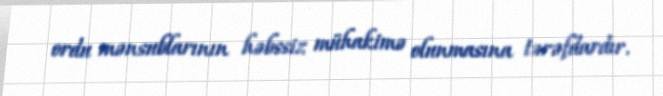
ordu mənsublarının həbssiz mühakimə olunmasına tərəfdardır.